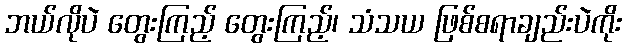
ဘယ်လိုပဲ တွေးကြည့် တွေးကြည့်၊ သံသယ ဖြစ်စရာချည်းပဲကိုး